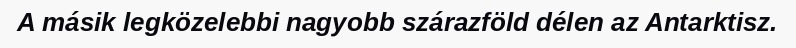
A másik legközelebbi nagyobb szárazföld délen az Antarktisz.